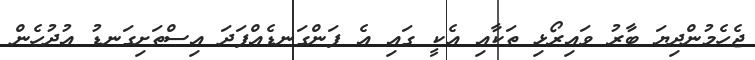
ޖެހެމުންދިޔަ ބާރު ވައިރޯޅި ތަކާއި އެކީ ގައި އެ ފަންގަނޑެއްފަދަ އިސްތަށިގަނޑު އުދުހެން